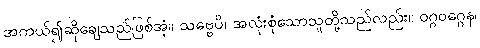
အကယ်၍ဆိုချေသည်ဖြစ်အံ့။ သဗ္ဗေပိ၊ အလုံးစုံသောသူတို့သည်လည်း။ ဝဂ္ဂဝဂ္ဂေန၊